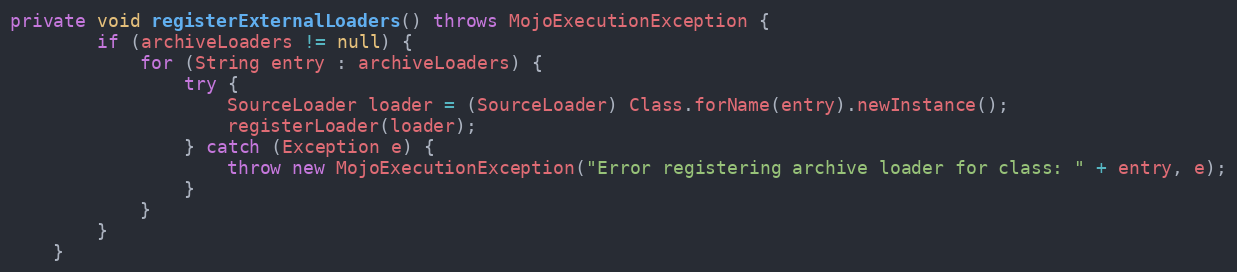
Language: Java
private void registerExternalLoaders() throws MojoExecutionException {
        if (archiveLoaders != null) {
            for (String entry : archiveLoaders) {
                try {
                    SourceLoader loader = (SourceLoader) Class.forName(entry).newInstance();
                    registerLoader(loader);
                } catch (Exception e) {
                    throw new MojoExecutionException("Error registering archive loader for class: " + entry, e);
                }
            }
        }
    }